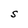
Character: S